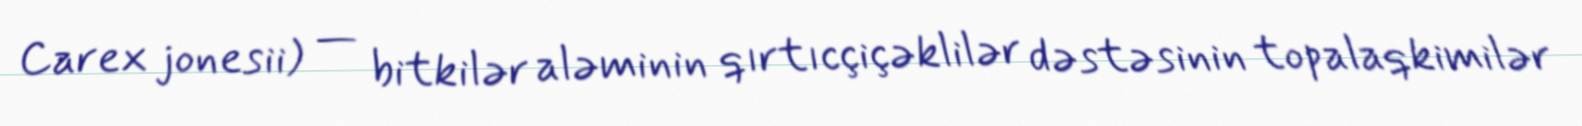
Carex jonesii) — bitkilər aləminin qırtıcçiçəklilər dəstəsinin topalaqkimilər